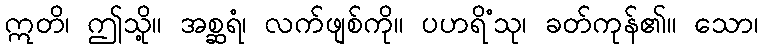
ဣတိ၊ ဤသို့။ အစ္ဆရံ၊ လက်ဖျစ်ကို။ ပဟရိံသု၊ ခတ်ကုန်၏။ သော၊